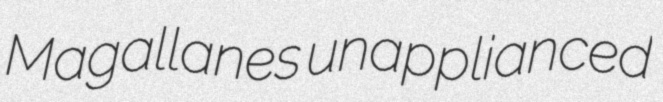
Magallanes unapplianced